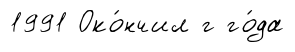
1991 Око́нчил г го́да